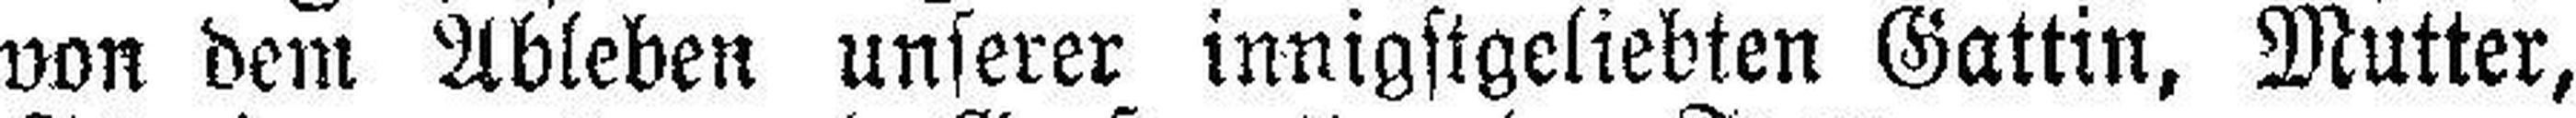
von dem Ableben unserer irmigstgeliebten Gattin, Mutter,